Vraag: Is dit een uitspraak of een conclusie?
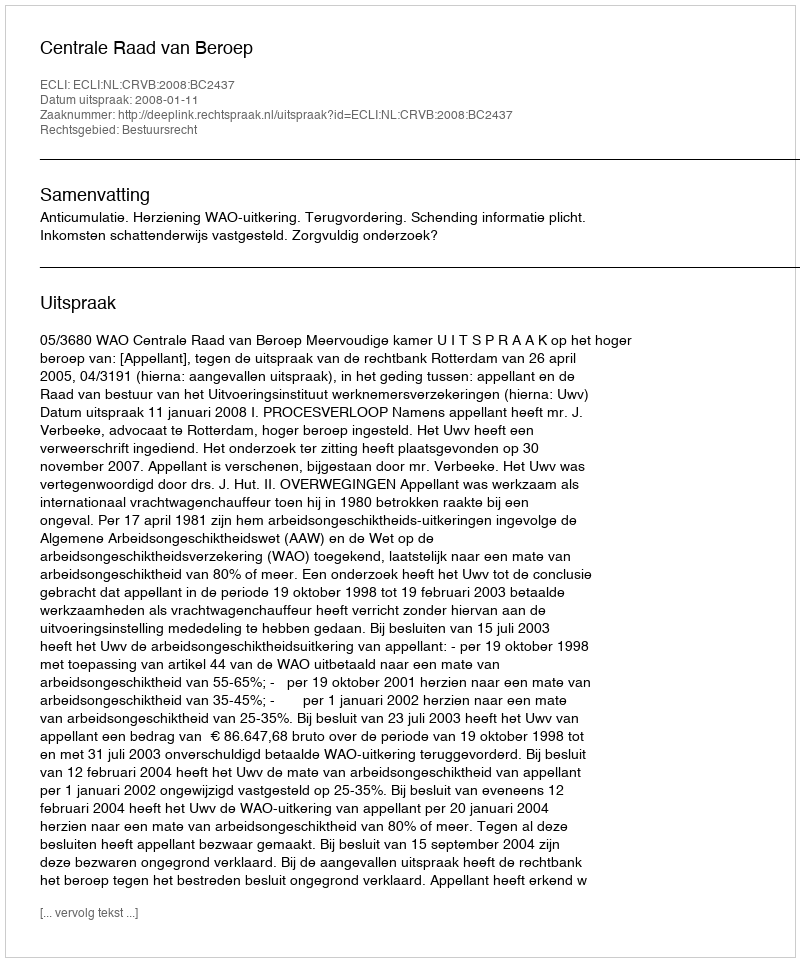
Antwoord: Uitspraak